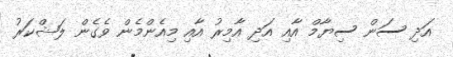
އަދި ސަން ސިޔާމް އާއި އަދި އާމިރު އާއި މިއެންމެން ވެގެން ލަޝްކަރު